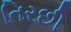
તિરછી